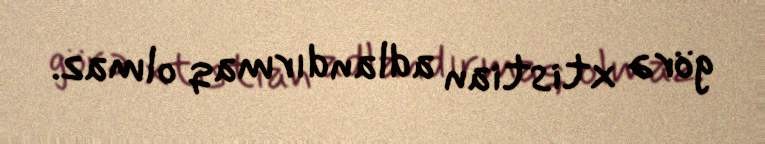
görə xtistian adlandırmaq olmaz.